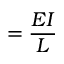
= \frac { E I } { L }